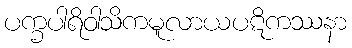
ပက္ခပါရိဝါသိကမူလာယပဋိကဿနာ